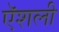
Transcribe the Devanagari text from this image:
ऍशली